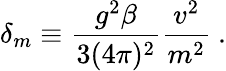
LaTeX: \delta_{m}\equiv\frac{g^{2}\beta}{3(4\pi)^{2}}\frac{v^{2}}{m^{2}}\ .